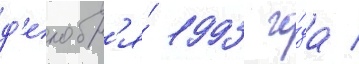
д'екабр'я́ 1993 го́да /